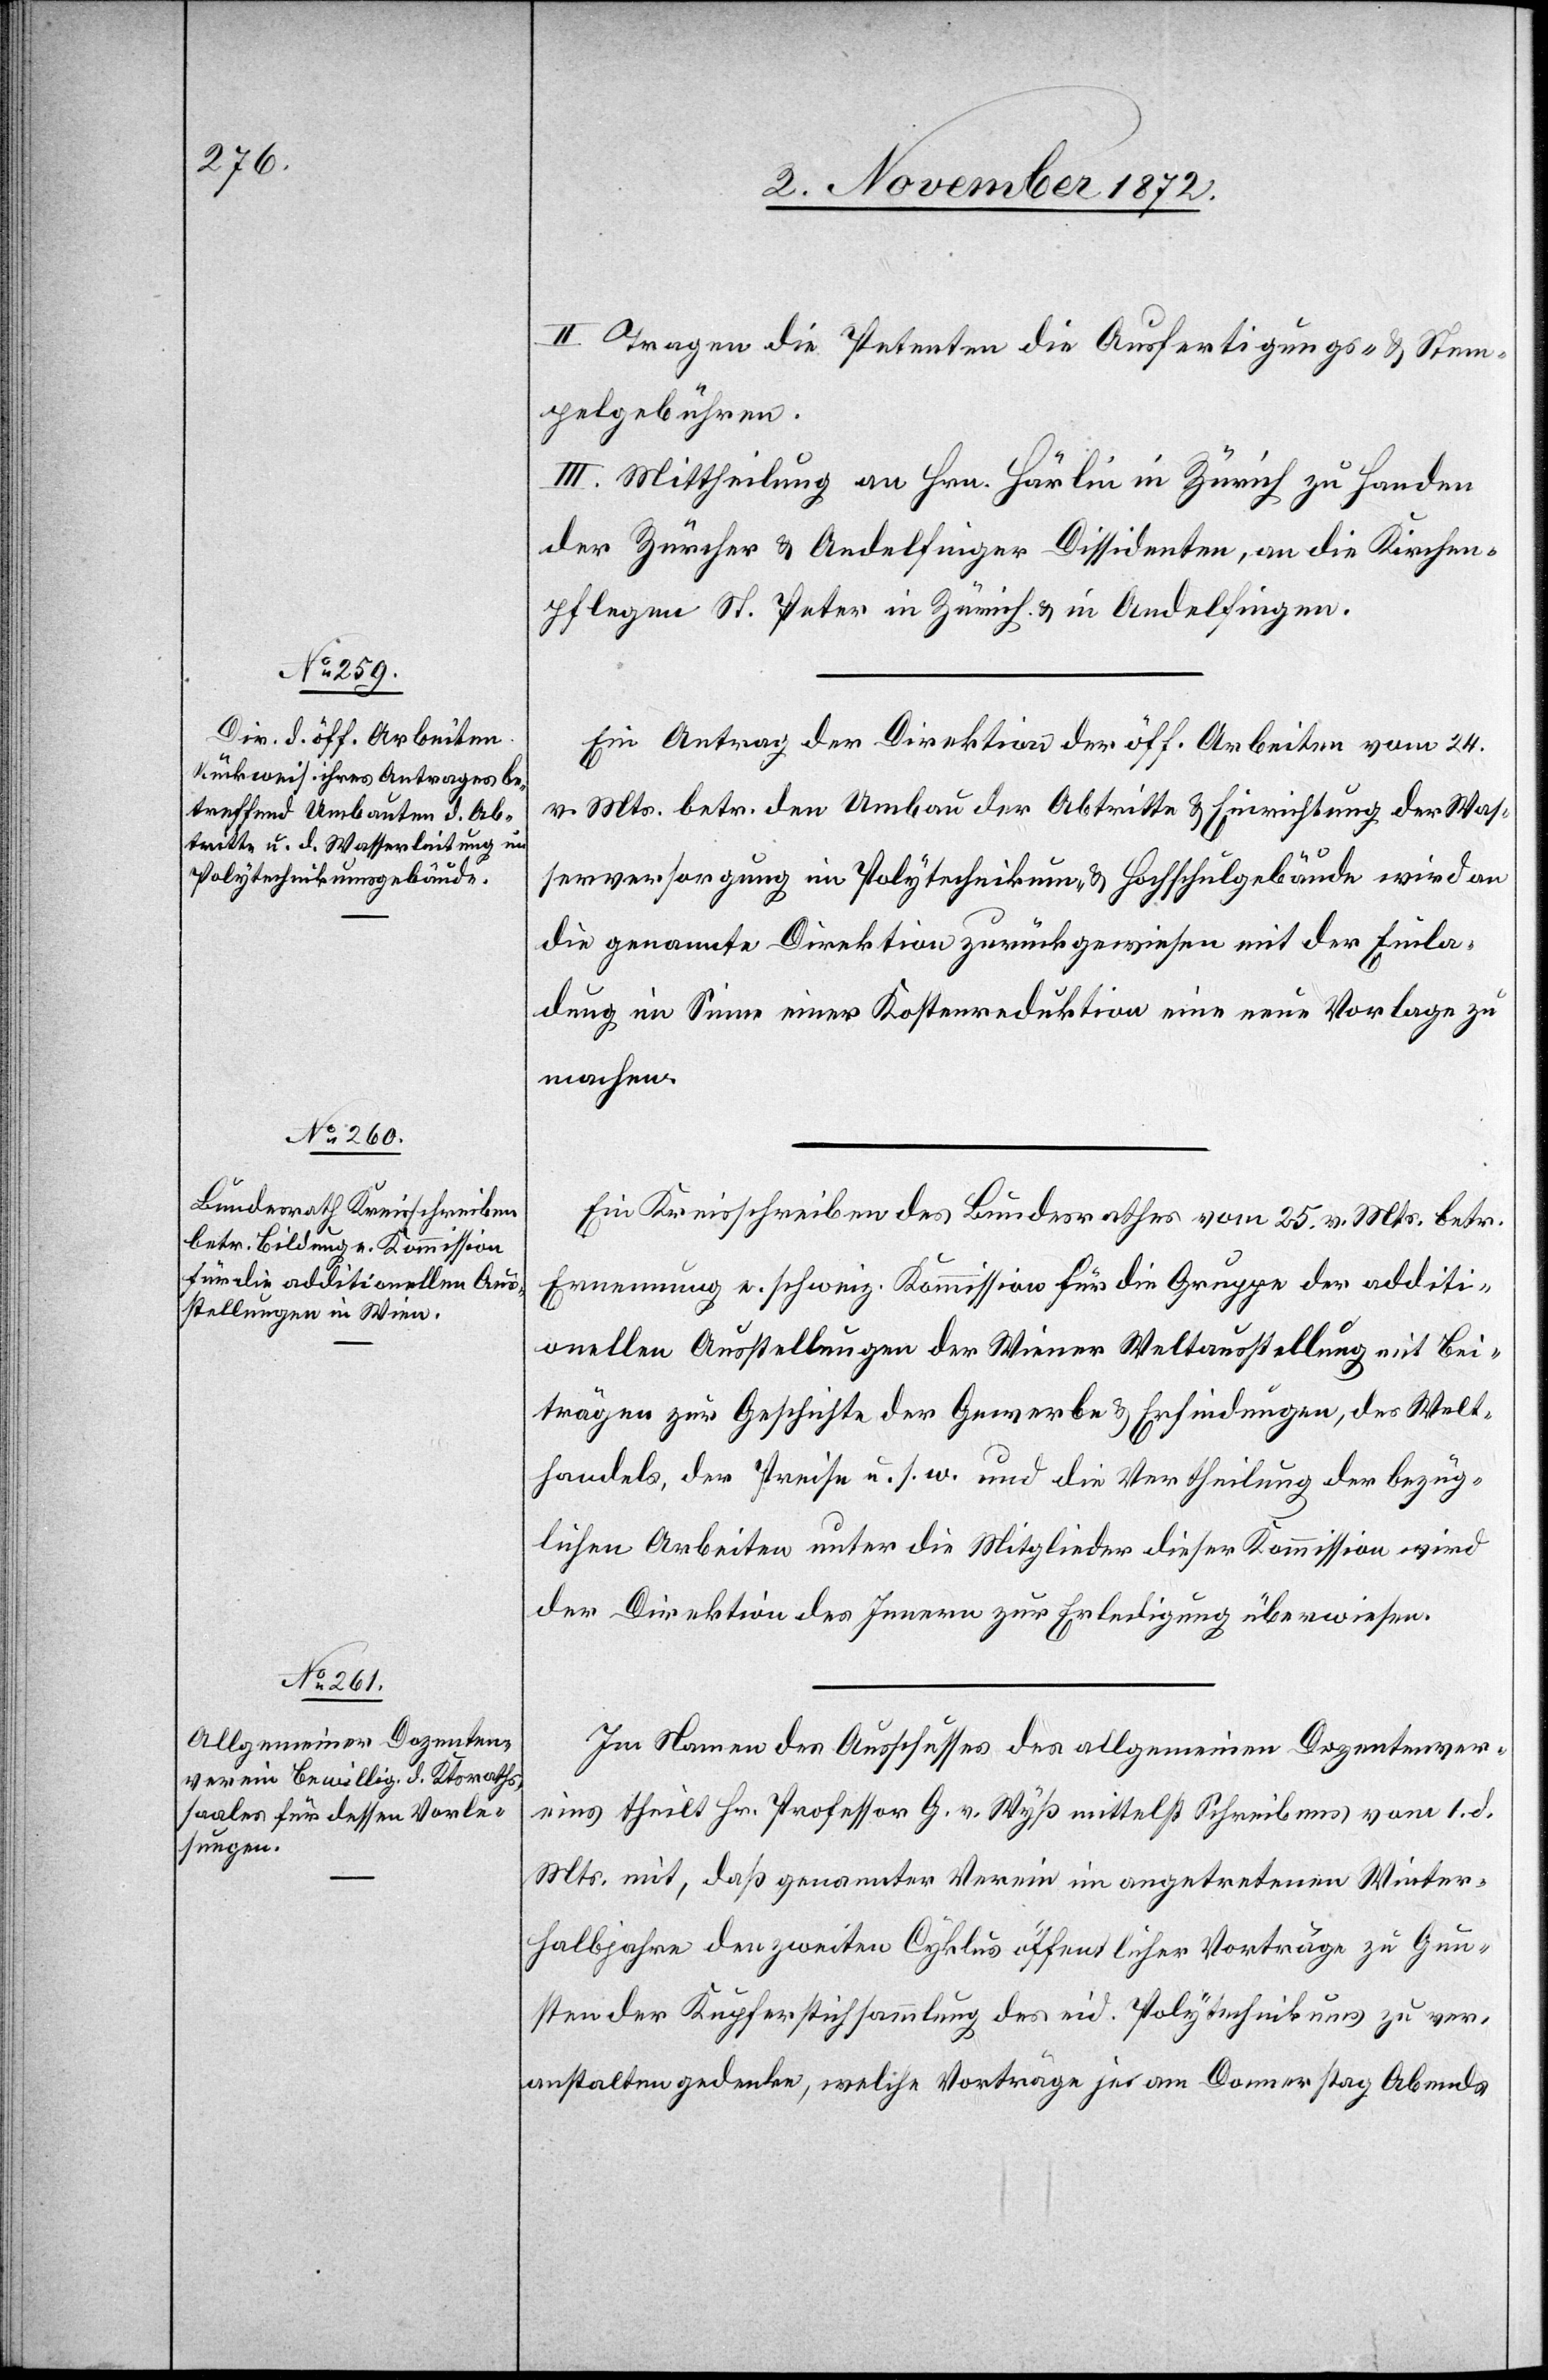
Ein Antrag der Direktion der öff. Arbeiten vom 24.
v. Mts. betr. den Umbau der Abtritte u. Einrichtung der Was¬
serversorgung im Polytechnikum u. Hochschulgebäude wird an
die genannte Direktion zurückgewiesen mit der Einla¬
dung im Sinne einer Kostenreduktion eine neue Vorlage zu
machen.
Ein Kreisschreiben des Bundesrathes vom 25. v. Mts. betr.
Ernennung e. schweiz. Kommission für die Grenze der additi¬
onellen Ausstellungen der Wiener Weltausstellung mit Bei¬
trägen zur Geschichte der Gewerbe u. Erfindungen, des Welt¬
handels, der Preise u. s. w. und die Vertheilung der bezüg¬
lichen Arbeiten unter die Mitglieder dieser Kommission wird
der Direktion des Innern zur Erledigung überwiesen.
Im Namen des Ausschusses des allgemeinen Dozentenver¬
eins theilt Hr. Professor G. v. Wyß mittelst Schreiben vom 1. d.
Mts. mit, daß genannter Verein im angetretenen Winter¬
halbjahre den zweiten Cyklus öffentlicher Vorträge zu Gun¬
sten der Kupferstichsammlung des eid. Polytechnikums zu ver¬
anstalten gedenke, welche Vorträge je am Donnerstag Abends